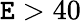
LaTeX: \mathtt{E}>40